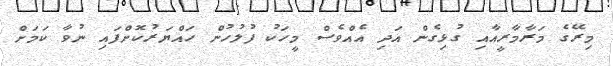
މިރޭގެ މަރާމާރީއާއި ގުޅިގެން އަދި އެއްްވެސް މީހަކު ފުލުހުން ހައްޔަރުކޮށްފައި ނުވާ ކަމަށް